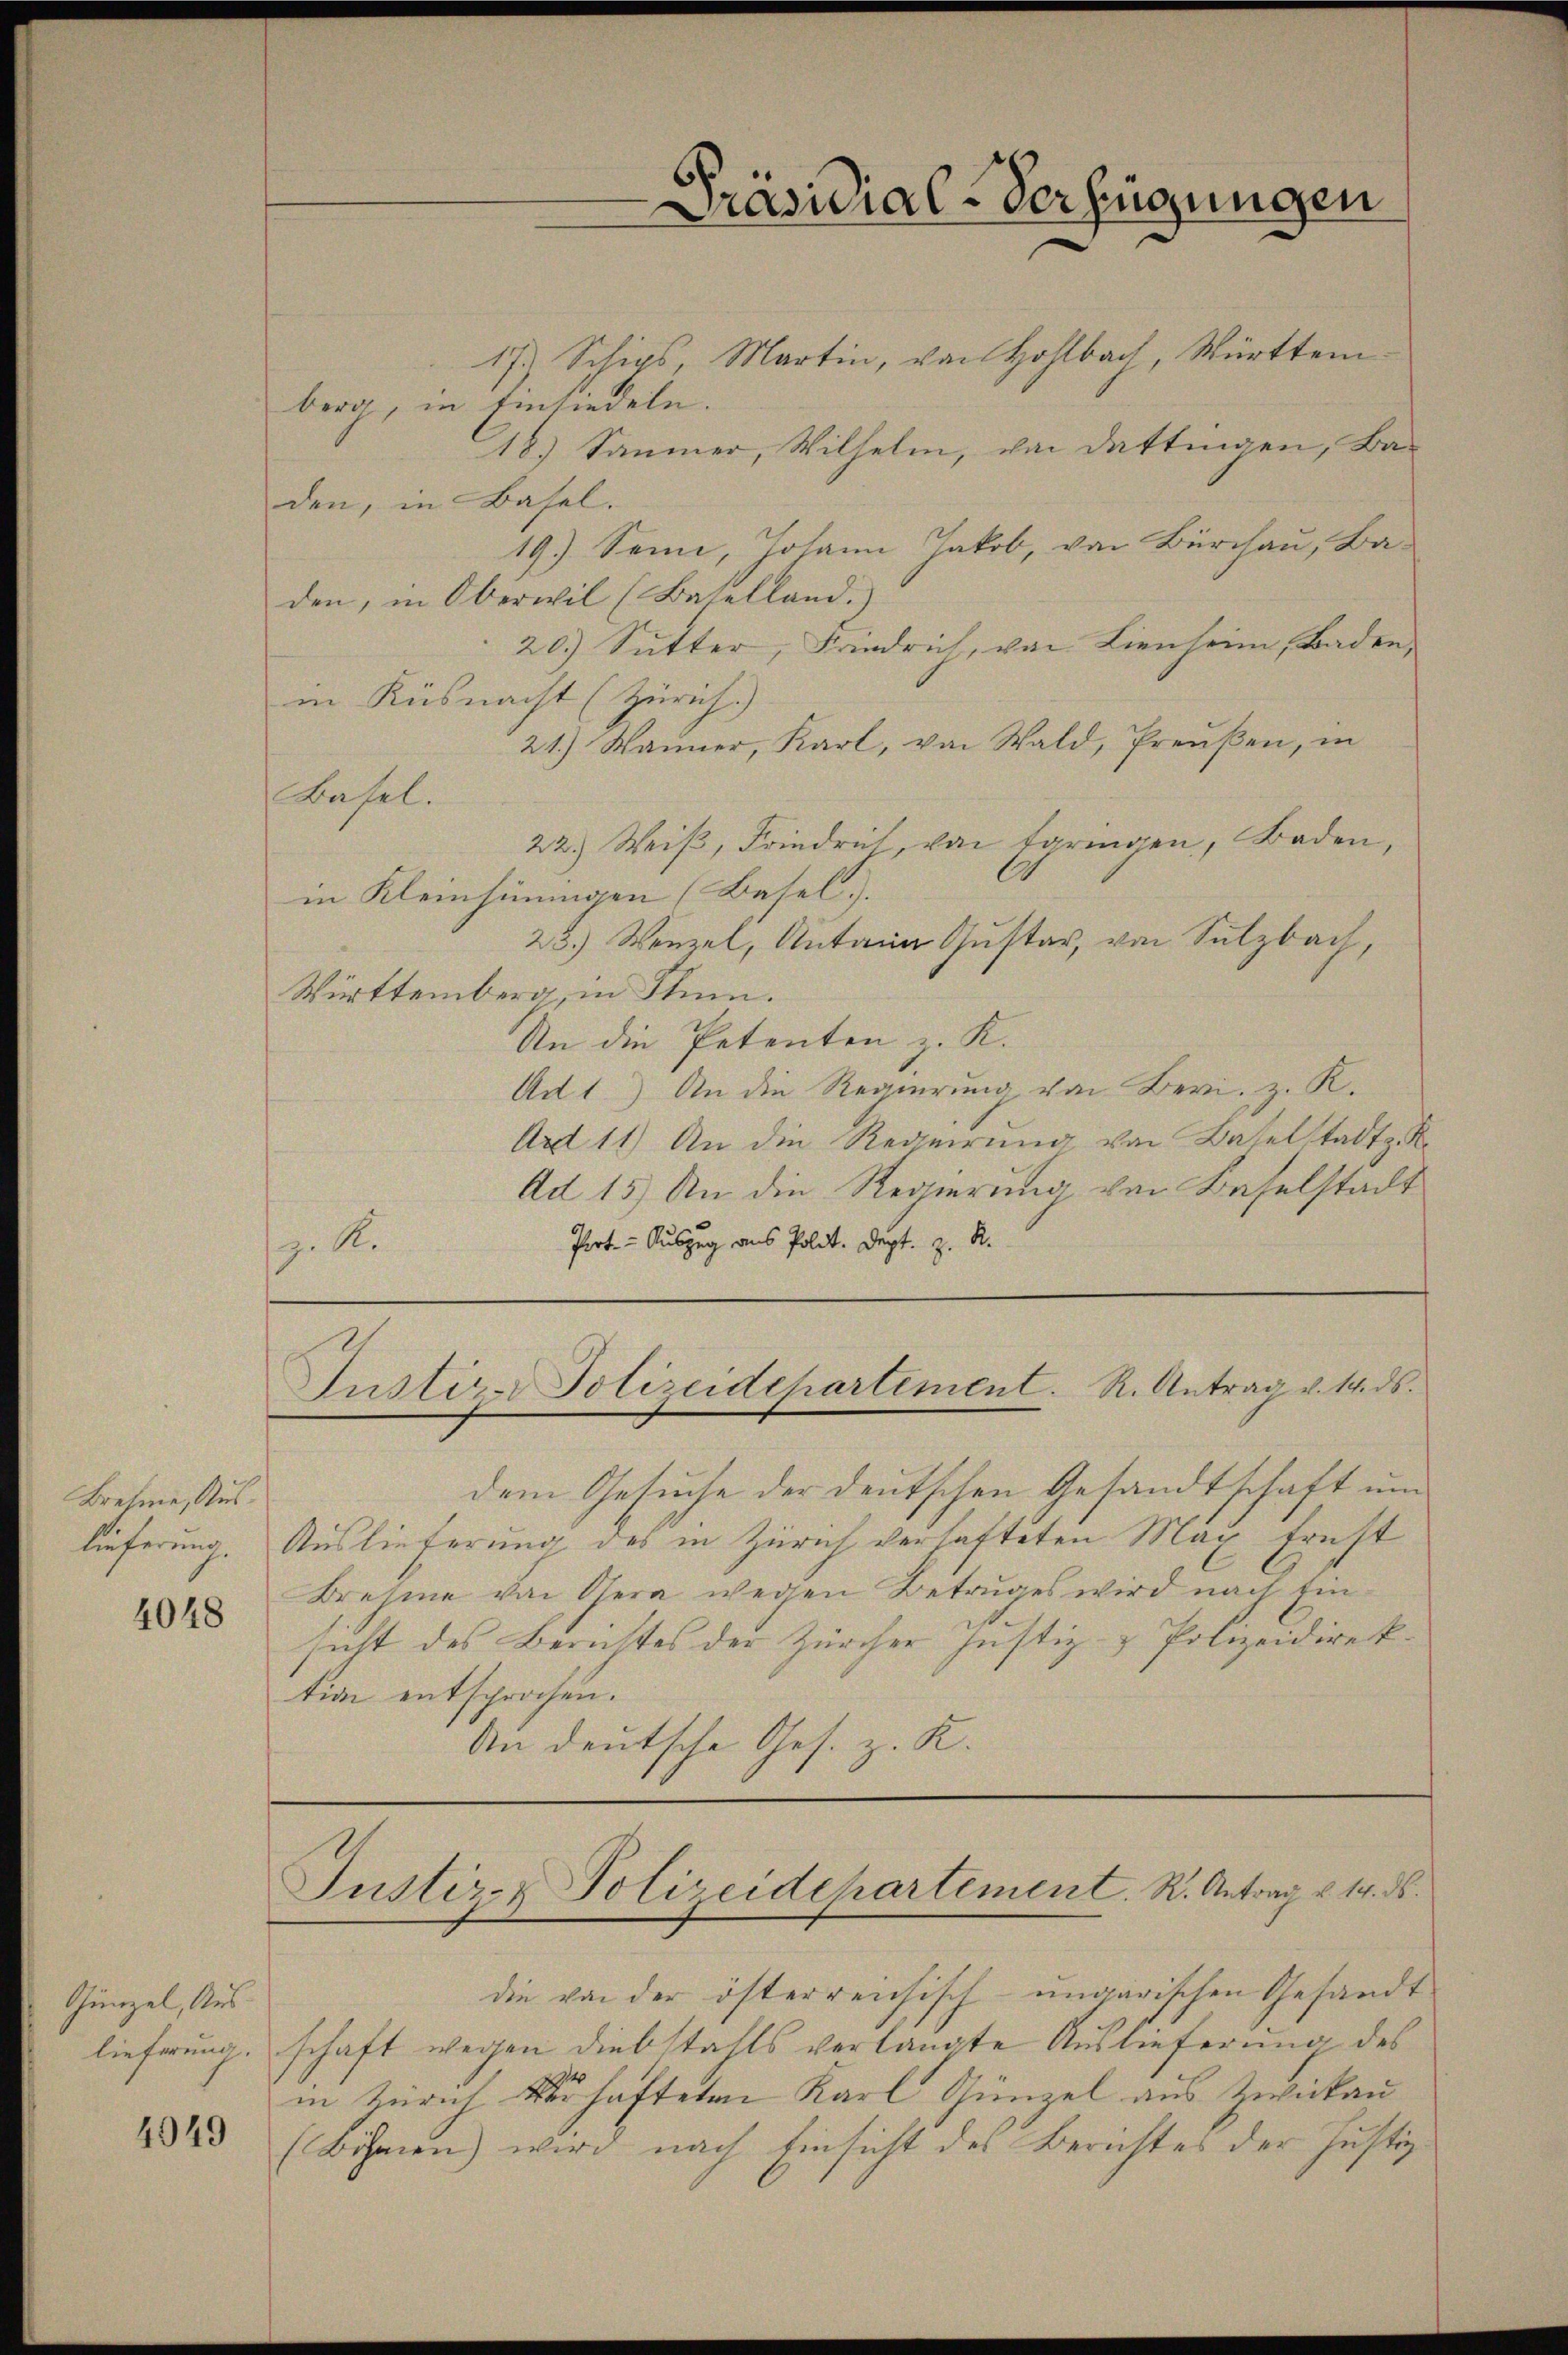
Bresine, Aus¬

4048

Günzel, Aus¬

4049

17. Schips, Martin, von Hohlbach, Württemberg, in Einsiedeln.
18.) Sämmer, Wilhelm, von Dattingen, Baden, in Basel.
19.) Senn, Johann Jakob, von Burchau, Ba-
den, in Oberwil (Baselland.)
20) Sutter, Friedrich, von Lienheim, Baden,
in Küsnacht (Zürich.) |
21.) Wanner, Karl, von Wald, Preŭβen, in
Basel.
22.) Weiβ, Friedrich, von springen, Baden,
in Kleinhinungen (Basel.
23.) Wenzel, Antana Gustar, von Sulzbach,
Württemberg, in Thun.
An die Petenten z. K.
Ad 1.) An die Regierung von Beri. z. K.
Art 11) An die Requirung von Baselstadt. K
Ad 15) An die Regierung von Baselstadt
Prote-Auszug aus Polit. Dept. z. R.
z. R.

dem Gesuche der deutschen Gesandtschaft und
lieferung. Auslieferung des in Zürich verhafteten Max frest
Brehme von Osera wegen Betruges wird nach Einsicht des Berichtes der Zürcher Justiz- & Polizeidirektion entsprochen.
An deutsche Ges. z. K.

Iustiz-Polizeidepartement. R. Antrag v. 14. ds.

Präsidial-Verfügungen

Justiz- & Polizeidepartement. R. Antrag u. 14. ds.

die von der österreichisch-ungarischen Gesandt
lieferung, schaft wegen Diebstahls verlangte Auslieferung des
in Zürich verhafteten Karl Günzel aus Zwickau
(Böhmen) wird nach Einsicht des Berichtes der Justiz¬